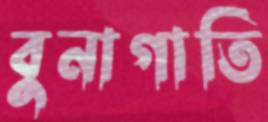
বুনাগাতি